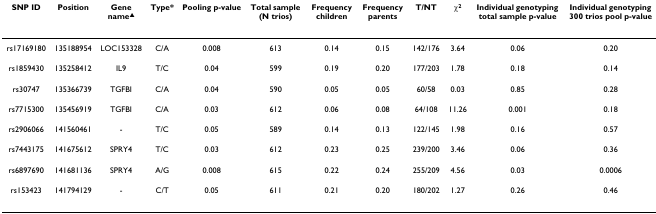
<table><thead><tr><td><b>SNP ID</b></td><td><b>Position</b></td><td><b>Gene name<sup>▲</sup></b></td><td><b>Type*</b></td><td><b>Pooling p-value</b></td><td><b>Total sample (N trios)</b></td><td><b>Frequency children</b></td><td><b>Frequency parents</b></td><td><b>T/NT</b></td><td><b>χ<sup>2</sup></b></td><td><b>Individual genotyping total sample p-value</b></td><td><b>Individual genotyping 300 trios pool p-value</b></td></tr></thead><tbody><tr><td>rs17169180</td><td>135188954</td><td>LOC153328</td><td>C/A</td><td>0.008</td><td>613</td><td>0.14</td><td>0.15</td><td>142/176</td><td>3.64</td><td>0.06</td><td>0.20</td></tr><tr><td>rs1859430</td><td>135258412</td><td>IL9</td><td>T/C</td><td>0.04</td><td>599</td><td>0.19</td><td>0.20</td><td>177/203</td><td>1.78</td><td>0.18</td><td>0.14</td></tr><tr><td>rs30747</td><td>135366739</td><td>TGFBI</td><td>C/A</td><td>0.04</td><td>590</td><td>0.05</td><td>0.05</td><td>60/58</td><td>0.03</td><td>0.85</td><td>0.28</td></tr><tr><td>rs7715300</td><td>135456919</td><td>TGFBI</td><td>C/A</td><td>0.03</td><td>612</td><td>0.06</td><td>0.08</td><td>64/108</td><td>11.26</td><td>0.001</td><td>0.18</td></tr><tr><td>rs2906066</td><td>141560461</td><td>-</td><td>T/C</td><td>0.05</td><td>589</td><td>0.14</td><td>0.13</td><td>122/145</td><td>1.98</td><td>0.16</td><td>0.57</td></tr><tr><td>rs7443175</td><td>141675612</td><td>SPRY4</td><td>T/C</td><td>0.03</td><td>612</td><td>0.23</td><td>0.25</td><td>239/200</td><td>3.46</td><td>0.06</td><td>0.36</td></tr><tr><td>rs6897690</td><td>141681136</td><td>SPRY4</td><td>A/G</td><td>0.008</td><td>615</td><td>0.22</td><td>0.24</td><td>255/209</td><td>4.56</td><td>0.03</td><td>0.0006</td></tr><tr><td>rs153423</td><td>141794129</td><td>-</td><td>C/T</td><td>0.05</td><td>611</td><td>0.21</td><td>0.20</td><td>180/202</td><td>1.27</td><td>0.26</td><td>0.46</td></tr></tbody></table>